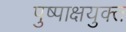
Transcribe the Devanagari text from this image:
पुष्पाक्षयुक्त